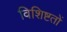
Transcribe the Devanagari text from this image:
विशिष्टतों